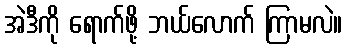
အဲဒီကို ရောက်ဖို့ ဘယ်လောက် ကြာမလဲ။